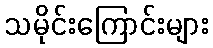
သမိုင်းကြောင်းများ